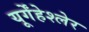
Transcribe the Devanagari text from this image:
यूर्गेंहेश्लेर